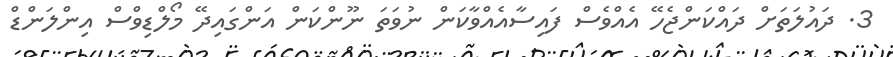
3. ދައުލަތަށް ދައްކަންޖެހޭ އެއްވެސް ފައިސާއެއްވާކަން ނުވަތަ ނޫންކަން އަންގައިދޭ މޯލްޑިވްސް އިންލަންޑް